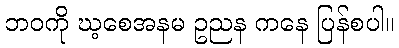
ဘဝကို ဃ့စေအနမ ဥညန ကနေ ပြန်စပါ။